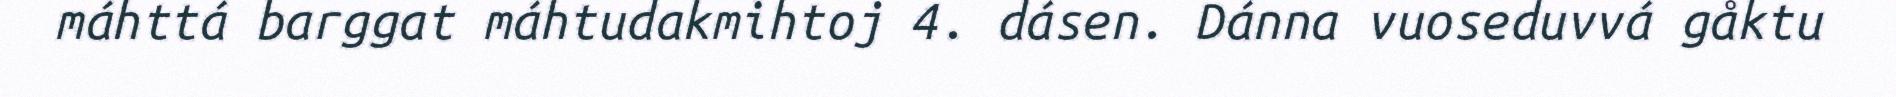
máhttá barggat máhtudakmihtoj 4. dásen. Dánna vuoseduvvá gåktu